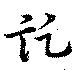
訖